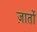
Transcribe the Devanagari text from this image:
ज़ातों